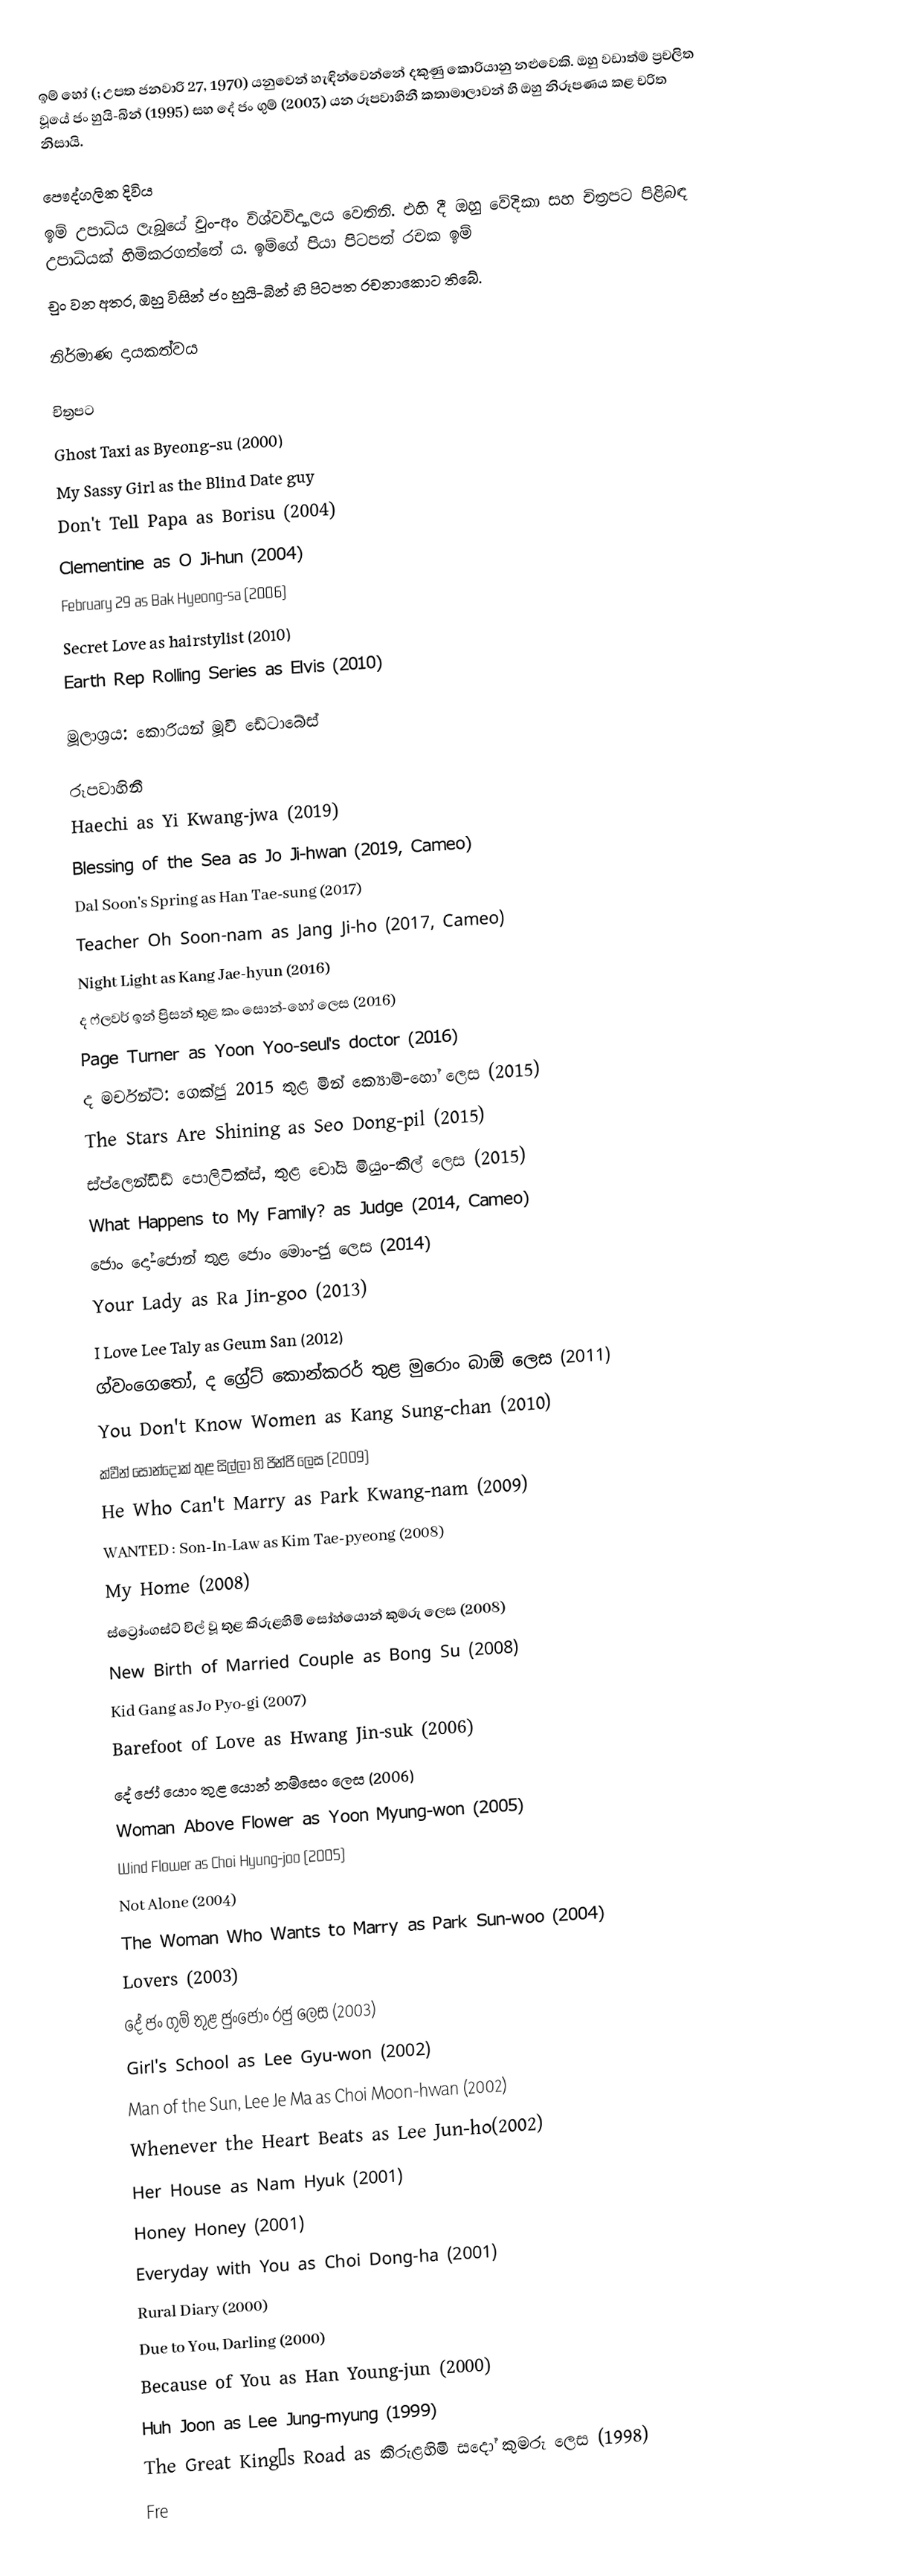
ඉම් හෝ (; උපත ජනවාරි 27, 1970) යනුවෙන් හැඳින්වෙන්නේ දකුණු කොරියානු නළුවෙකි. ඔහු වඩාත්ම ප්‍රචලිත වූයේ ජං හුයි-බින් (1995) සහ දේ ජං ගුම් (2003) යන රූපවාහිනී කතාමාලාවන් හි ඔහු නිරූපණය කළ චරිත නිසායි.

පෞද්ගලික දිවිය
ඉම් උපාධිය ලැබූයේ චුං-අං විශ්වවිද්‍යාලය වෙතිනි. එහි දී ඔහු වේදිකා සහ චිත්‍රපට පිළිබඳ උපාධියක් හිමිකරගත්තේ ය. ඉම්ගේ පියා පිටපත් රචක ඉම්
චුං වන අතර, ඔහු විසින් ජං හුයි-බින් හි පිටපත රචනාකොට තිබේ.

නිර්මාණ දායකත්වය

චිත්‍රපට
Ghost Taxi as Byeong-su (2000)
My Sassy Girl as the Blind Date guy
Don't Tell Papa as Borisu (2004)
Clementine as O Ji-hun (2004)
February 29 as Bak Hyeong-sa (2006)
Secret Love as hairstylist (2010)
Earth Rep Rolling Series as Elvis (2010)

මූලාශ්‍රය: කොරියන් මූවී ඩේටාබේස්

රූපවාහිනී
Haechi as Yi Kwang-jwa (2019)
Blessing of the Sea  as Jo Ji-hwan (2019, Cameo)
Dal Soon's Spring  as Han Tae-sung (2017)
Teacher Oh Soon-nam  as Jang Ji-ho (2017, Cameo)
Night Light  as Kang Jae-hyun (2016)
ද ෆ්ලවර් ඉන් ප්‍රිසන් තුළ කං සොන්-හෝ ලෙස (2016)
Page Turner as Yoon Yoo-seul's doctor (2016)
ද මර්චන්ට්: ගෙක්ජු 2015 තුළ මින් ක්‍යොම්-හෝ ලෙස (2015)
The Stars Are Shining as Seo Dong-pil (2015)
ස්ප්ලෙන්ඩිඩ් පොලිටික්ස්, තුළ චෝයි මියුං-කිල් ලෙස (2015)
What Happens to My Family?  as Judge (2014, Cameo)
ජොං දෝ-ජොන්  තුළ ජොං මොං-ජු ලෙස (2014)
Your Lady as Ra Jin-goo (2013)
I Love Lee Taly as Geum San (2012)
ග්වංගෙතෝ, ද ග්‍රේට් කොන්කරර් තුළ මුරොං බාඕ ලෙස (2011)
You Don't Know Women as Kang Sung-chan (2010)
ක්වීන් සොන්දොක් තුළ සිල්ලා හි ජින්ජි ලෙස (2009)
He Who Can't Marry as Park Kwang-nam (2009)
WANTED : Son-In-Law as Kim Tae-pyeong (2008)
My Home (2008)
ස්ට්‍රෝංගස්ට් චිල් වූ තුළ කිරුළහිමි සෝහ්යොන් කුමරු ලෙස (2008)
New Birth of Married Couple as Bong Su (2008)
Kid Gang as Jo Pyo-gi (2007)
Barefoot of Love as Hwang Jin-suk (2006)
දේ ජෝ යොං තුළ යොන් නම්සෙං ලෙස (2006)
Woman Above Flower as Yoon Myung-won (2005)
Wind Flower as Choi Hyung-joo (2005)
Not Alone (2004)
The Woman Who Wants to Marry as Park Sun-woo (2004)
Lovers (2003)
දේ ජං ගුම් තුළ ජුංජොං රජු ලෙස (2003)
Girl's School as Lee Gyu-won (2002)
Man of the Sun, Lee Je Ma as Choi Moon-hwan (2002)
Whenever the Heart Beats as Lee Jun-ho(2002)
Her House as Nam Hyuk (2001)
Honey Honey (2001)
Everyday with You as Choi Dong-ha (2001)
Rural Diary (2000)
Due to You, Darling (2000)
Because of You as Han Young-jun (2000)
Huh Joon as Lee Jung-myung (1999)
The Great King’s Road as කිරුළහිමි සදෝ කුමරු ලෙස (1998)
Fre